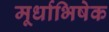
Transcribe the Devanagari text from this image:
मूर्धाभिषेक